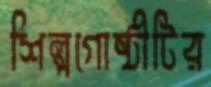
শিল্পগোষ্ঠীটির